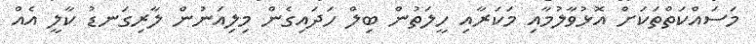
މަސައްކަތްތަކަށް އޮޅުވާލުމާއި މަކަރާއި ހީލަތުން ބިލް ހަދައިގެން މިލިއަނުން ލާރިގަނޑު ކާލީ އެއް